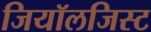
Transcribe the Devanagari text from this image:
जियॉलजिस्ट